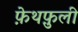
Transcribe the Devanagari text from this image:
फ़ेथफ़ुली